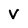
Character: V